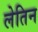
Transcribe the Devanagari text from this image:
लेतिन